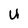
Character: U